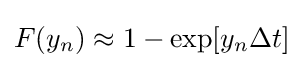
F(y_{n})\approx 1-\exp[y_{n}\Delta t]